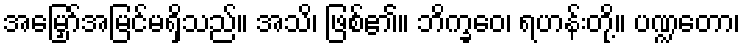
အမြှော်အမြင်မရှိသည်။ အသိ၊ ဖြစ်၏။ ဘိက္ခဝေ၊ ရဟန်းတို့။ ပဏ္ဍတော၊